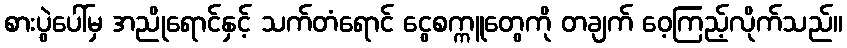
စားပွဲပေါ်မှ အညိုရောင်နှင့် သက်တံရောင် ငွေစက္ကူတွေကို တချက် ဝေ့ကြည့်လိုက်သည်။